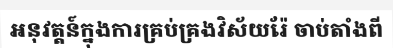
អនុវត្តន៍ក្នុងការគ្រប់គ្រងវិស័យរ៉ែ ចាប់តាំងពី